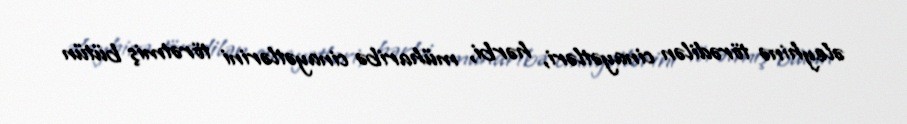
əleyhinə törədilən cinayətləri, hərbi, müharibə cinayətlərini törətmiş bütün